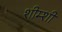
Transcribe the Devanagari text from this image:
शीम्शी